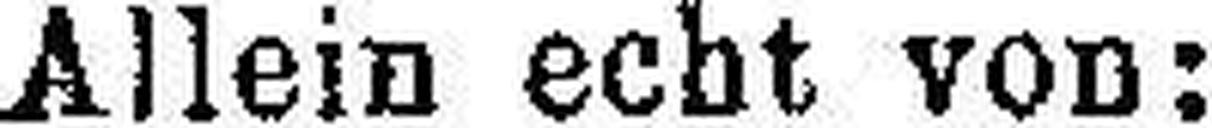
Allein echt von: